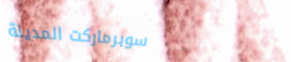
سوبرماركت المدينة